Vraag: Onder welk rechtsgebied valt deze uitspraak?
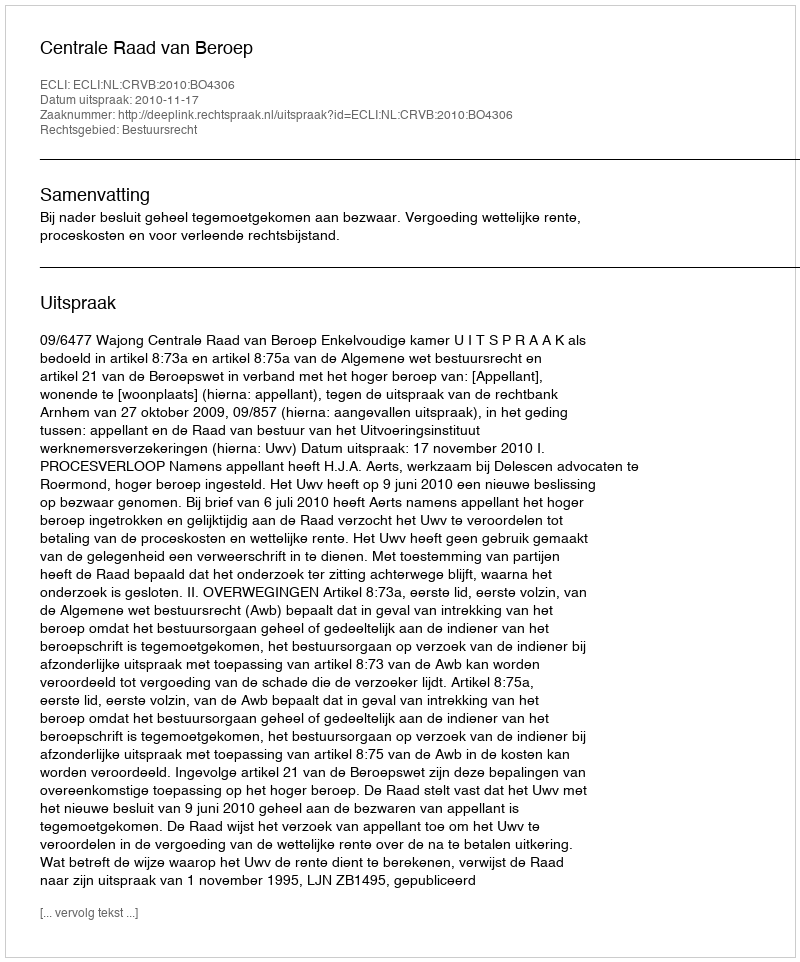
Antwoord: Bestuursrecht